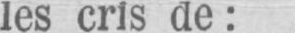
les cris de: